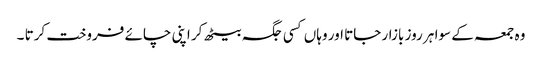
وہ جمعہ کے سوا ہر روز بازار جاتا اور وہاں کسی جگہ بیٹھ کر اپنی چائے فروخت کرتا ۔